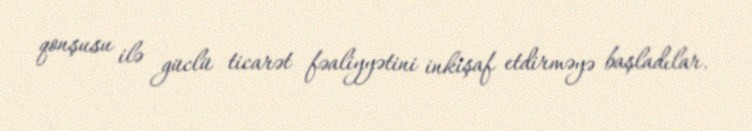
qonşusu ilə güclü ticarət fəaliyyətini inkişaf etdirməyə başladılar.